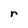
Character: r